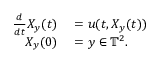
\begin{array} { r l } { \frac { d } { d t } X _ { y } ( t ) } & { { } = u ( t , X _ { y } ( t ) ) } \\ { X _ { y } ( 0 ) } & { { } = y \in \mathbb { T } ^ { 2 } . } \end{array}